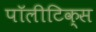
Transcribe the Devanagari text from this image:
पॉलीटिक्स